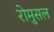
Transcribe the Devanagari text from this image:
रोमुसल